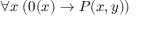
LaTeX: \forall x \; ( 0 ( x ) \rightarrow P ( x , y ) )